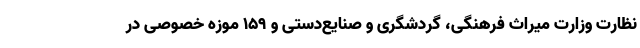
نظارت وزارت میراث‌ فرهنگی، گردشگری و صنایع‌دستی و ۱۵۹ موزه خصوصی در